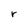
Character: r